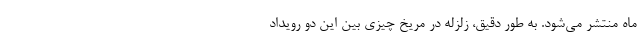
ماه منتشر می‌شود. به طور دقیق، زلزله در مریخ چیزی بین این دو رویداد